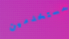
مستخدمين